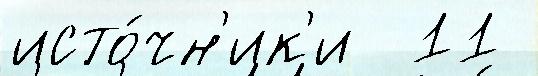
исто́чн'ик'и  11